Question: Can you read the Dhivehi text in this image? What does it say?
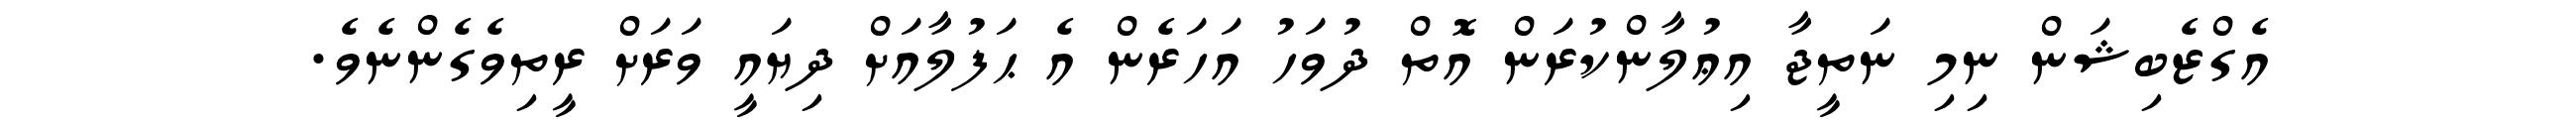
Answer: އެގްޒެބިޝަން ނިމި ނަތީޖާ އިޢުލާންކުރަން އޮތް ދުވަހު އަހަރެން އެ ޙަފުލާއަށް ދިޔައީ ވަރަށް ރީތިވެގެންނެވެ.